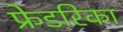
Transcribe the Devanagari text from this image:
फ्रेडरिका